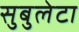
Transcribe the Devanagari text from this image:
सुबुलेटा